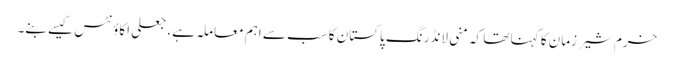
خرم شیر زمان کا کہنا تھا کہ منی لانڈرنگ پاکستان کا سب سے اہم معاملہ ہے، جعلی اکاؤنٹس کیسے بنے۔